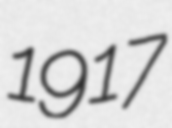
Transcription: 1917